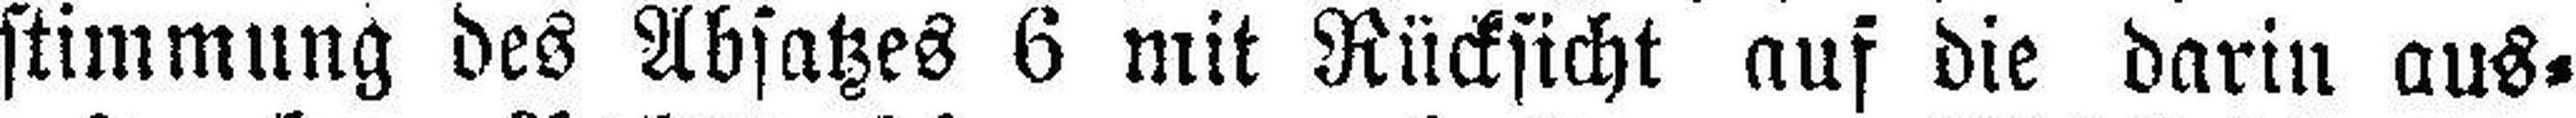
stimmung des Absatzes 6 mit Rücksicht auf die darin aus¬